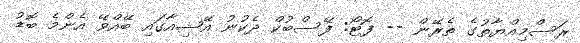
ރަސްމިއްޔާތުގެ ތެރޭން -- ފޮޓޯ: ފޭސްބުކް ދެކުނު އޭޝިއާގައި ބޭއްވޭ އެންމެ ބޮޑު